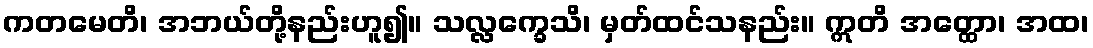
ကတမေတိ၊ အဘယ်တို့နည်းဟူ၍။ သလ္လက္ခေသိ၊ မှတ်ထင်သနည်း။ ဣတိ အတ္ထော၊ အထ၊